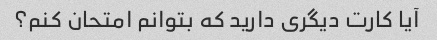
آیا کارت دیگری دارید که بتوانم امتحان کنم؟